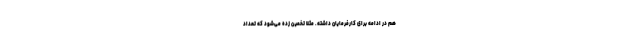
هم در ادامه برای کارفرمایان داشته. مثلا تخمین زده می‌شود که تعداد